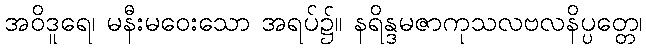
အဝိဒူရေ၊ မနီးမဝေးသော အရပ်၌။ နရိန္ဒမဇာကုသလဗလနိပ္ပတ္တေ၊